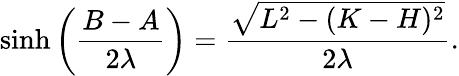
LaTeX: \sinh\left(\frac{B-A}{2\lambda}\right)=\frac{\sqrt{L^{2}-(K-H)^{2}}}{2\lambda}.